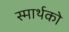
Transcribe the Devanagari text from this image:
स्मार्थको